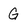
Character: G